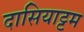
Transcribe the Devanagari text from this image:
दासियाट्टम